Annual report of the Imperial Bacteriologist
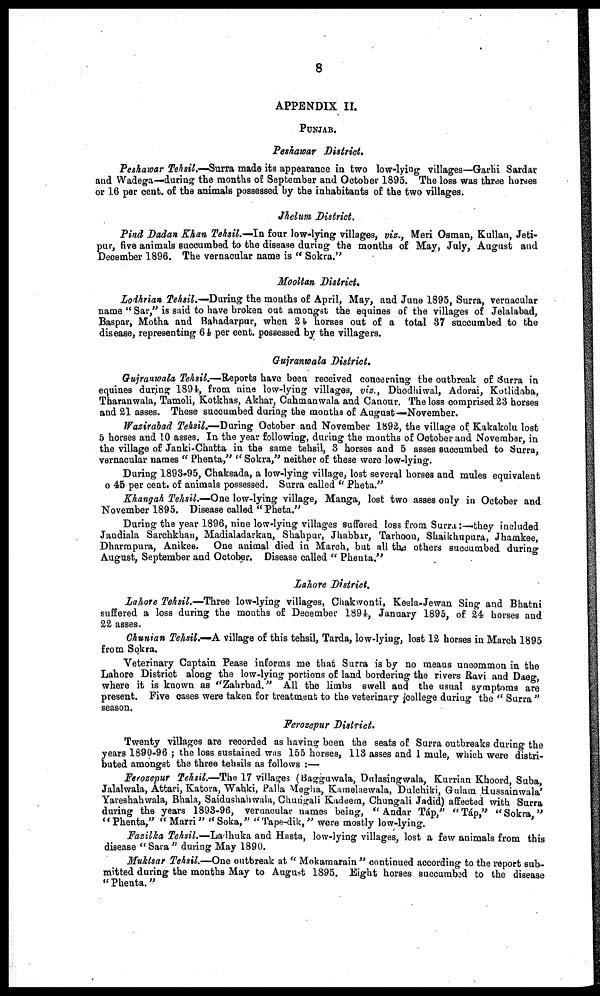
8
APPENDIX II.
PUNJAB.
Peshawar District.
Peshawar Tehsil.—Surra made its appearance in two low-lying villages—Garhi Sardar
and Wadega—during the months of September and October 1895. The loss was three horses
or 16 per cent. of the animals possessed by the inhabitants of the two villages.
Jhelum District.
Pind Dadan Khan Tehsil.—In four low-lying villages, viz., Meri Osman, Kullan, Jeti-
pur, five animals succumbed to the disease during the months of May, July, August and
December 1896. The vernacular name is " Sokra."
Mooltan District.
Lodhrian Tehsil.—During the months of April, May, and June 1895, Surra, vernacular
name "Sar," is said to have broken out amongst the equines of the villages of Jelalabad,
Baspar, Motha and Bahadarpur, when 24 horses out of a total 37 succumbed to the
disease, representing 64 per cent. possessed by the villagers.
Gujranwala District.
Gujranwala Tehsil.—Reports have been received concerning the outbreak of Surra in
equines during 1894, from nine low-lying villages, viz., Dhodhiwal, Adorai, Kotlidaba,
Tharanwala, Tamoli, Kotkhas, Akhar, Cahmanwala and Canour. The loss comprised 23 horses
and 21 asses. These succumbed during the months of August—November.
Wazirabad Tehsil.—During October and November 1892, the village of Kakakolu lost
5 horses and 10 asses. In the year following, during the months of October and November, in
the village of Janki-Chatta in the same tehsil, 3 horses and 5 asses succumbed to Surra,
vernacular names "Phenta," "Sokra," neither of these were low-lying.
During 1893-95, Chaksada, a low-lying village, lost several horses and mules equivalent
o 45 per cent. of animals possessed. Surra called " Pheta."
Khangah Tehsil.—One low-lying village, Manga, lost two asses only in October and
November 1895. Disease called "Pheta."
During the year 1896, nine low-lying villages suffered loss from Surra:—they included
Jandiala Sarchkhan, Madialadarkan, Shahpur, Jhabbar, Tarhoon, Shaikhupura, Jhamkee,
Dharmpura, Anikee. One animal died in March, but all the others succumbed during
August, September and October. Disease called " Phenta."
Lahore District.
Lahore Tehsil.—Three low-lying villages, Chakwonti, Keela-Jewan Sing and Bhatni
suffered a loss during the months of December 1894, January 1895, of 24 horses and
22 asses.
Chunian Tehsil.—A village of this tehsil, Tarda, low-lying, lost 12 horses in March 1895
from Sokra.
Veterinary Captain Pease informs me that Surra is by no means uncommon in the
Lahore District along the low-lying portions of land bordering the rivers Ravi and Daeg,
where it is known as "Zahrbad." All the limbs swell and the usual symptoms are
present. Five cases were taken for treatment to the veterinary college during the "Surra"
season.
Ferozepur District.
Twenty villages are recorded as having been the seats of Surra outbreaks during the
years 1890-96 ; the loss sustained was 155 horses, 113 asses and 1 mule, which were distri-
buted amongst the three tehsils as follows :—
Ferozepur Tehsil.—The 17 villages (Bagguwala, Dulasingwala, Kurrian Khoord, Suba,
Jalalwala, Attari, Katora, Wahki, Palla Megha, Kamelaewala, Dulchiki, Gulam .Hussainwala'
Yareshahwala, Bhala, Saidushahwala, Chungali Kadeem, Chungali Jadid) affected with Surra
during the years 1893-96, vernacular names being, "Andar Táp," "Táp," "Sokra,"
''Phenta," "Marri" "Soka," "Tape-dik," were mostly low-lying.
Fazilka Tehsil.—Ladhuka and Hasta, low-lying villages, lost a few animals from this
disease "Sara" during May 1890.
Muktsar Tehsil.—One outbreak at "Mokamarain" continued according to the report sub-
mitted during the months May to August 1895. Eight horses succumbed to the disease
"Phenta."